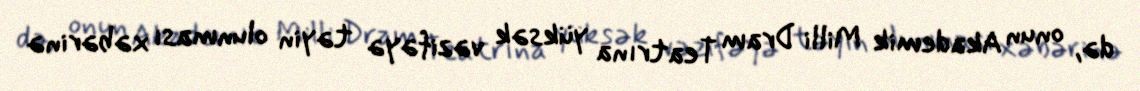
də, onun Akademik Milli Dram Teatrına yüksək vəzifəyə təyin olunması xəbərinə